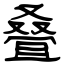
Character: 叠